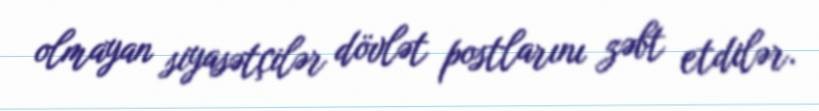
olmayan siyasətçilər dövlət postlarını zəbt etdilər.